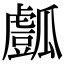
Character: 𤬘